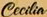
Cecilia